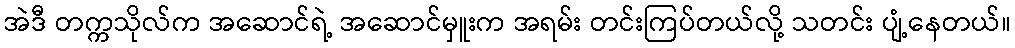
အဲဒီ တက္ကသိုလ်က အဆောင်ရဲ့ အဆောင်မှူးက အရမ်း တင်းကြပ်တယ်လို့ သတင်း ပျံ့နေတယ်။